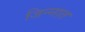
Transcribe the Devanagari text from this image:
जिन्‍नात